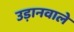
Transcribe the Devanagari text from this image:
उड़ानवाले